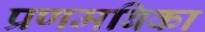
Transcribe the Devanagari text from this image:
प्रणमबिका